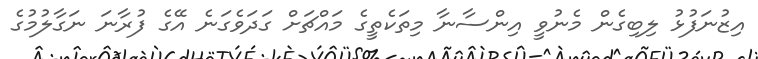
އިޒުނަފުޅު ލިބިގެން މެނުވީ އިންސާނާ މިތަކެތީގެ މައްޗަށް ގަދަވެގަނެ އޭގެ ފުރާނަ ނަގާލުމުގެ